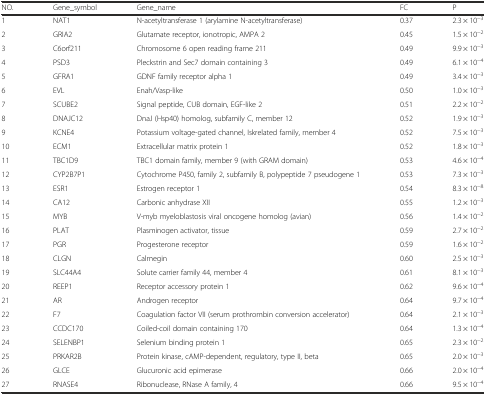
<table><thead><tr><td><b>NO.</b></td><td><b>Gene_symbol</b></td><td><b>Gene_name</b></td><td><b>FC</b></td><td><b>P</b></td></tr></thead><tbody><tr><td>1</td><td>NAT1</td><td>N-acetyltransferase 1 (arylamine N-acetyltransferase)</td><td>0.37</td><td>2.3 × 10<sup>−3</sup></td></tr><tr><td>2</td><td>GRIA2</td><td>Glutamate receptor, ionotropic, AMPA 2</td><td>0.45</td><td>1.5 × 10<sup>−2</sup></td></tr><tr><td>3</td><td>C6orf211</td><td>Chromosome 6 open reading frame 211</td><td>0.49</td><td>9.9 × 10<sup>−3</sup></td></tr><tr><td>4</td><td>PSD3</td><td>Pleckstrin and Sec7 domain containing 3</td><td>0.49</td><td>6.1 × 10<sup>−4</sup></td></tr><tr><td>5</td><td>GFRA1</td><td>GDNF family receptor alpha 1</td><td>0.49</td><td>3.4 × 10<sup>−3</sup></td></tr><tr><td>6</td><td>EVL</td><td>Enah/Vasp-like</td><td>0.50</td><td>1.0 × 10<sup>−3</sup></td></tr><tr><td>7</td><td>SCUBE2</td><td>Signal peptide, CUB domain, EGF-like 2</td><td>0.51</td><td>2.2 × 10<sup>−2</sup></td></tr><tr><td>8</td><td>DNAJC12</td><td>DnaJ (Hsp40) homolog, subfamily C, member 12</td><td>0.52</td><td>1.9 × 10<sup>−3</sup></td></tr><tr><td>9</td><td>KCNE4</td><td>Potassium voltage-gated channel, Iskrelated family, member 4</td><td>0.52</td><td>7.5 × 10<sup>−3</sup></td></tr><tr><td>10</td><td>ECM1</td><td>Extracellular matrix protein 1</td><td>0.52</td><td>1.8 × 10<sup>−3</sup></td></tr><tr><td>11</td><td>TBC1D9</td><td>TBC1 domain family, member 9 (with GRAM domain)</td><td>0.53</td><td>4.6 × 10<sup>−4</sup></td></tr><tr><td>12</td><td>CYP2B7P1</td><td>Cytochrome P450, family 2, subfamily B, polypeptide 7 pseudogene 1</td><td>0.53</td><td>7.3 × 10<sup>−3</sup></td></tr><tr><td>13</td><td>ESR1</td><td>Estrogen receptor 1</td><td>0.54</td><td>8.3 × 10<sup>−8</sup></td></tr><tr><td>14</td><td>CA12</td><td>Carbonic anhydrase XII</td><td>0.55</td><td>1.2 × 10<sup>−3</sup></td></tr><tr><td>15</td><td>MYB</td><td>V-myb myeloblastosis viral oncogene homolog (avian)</td><td>0.56</td><td>1.4 × 10<sup>−2</sup></td></tr><tr><td>16</td><td>PLAT</td><td>Plasminogen activator, tissue</td><td>0.59</td><td>2.7 × 10<sup>−2</sup></td></tr><tr><td>17</td><td>PGR</td><td>Progesterone receptor</td><td>0.59</td><td>1.6 × 10<sup>−2</sup></td></tr><tr><td>18</td><td>CLGN</td><td>Calmegin</td><td>0.60</td><td>2.5 × 10<sup>−3</sup></td></tr><tr><td>19</td><td>SLC44A4</td><td>Solute carrier family 44, member 4</td><td>0.61</td><td>8.1 × 10<sup>−3</sup></td></tr><tr><td>20</td><td>REEP1</td><td>Receptor accessory protein 1</td><td>0.62</td><td>9.6 × 10<sup>−4</sup></td></tr><tr><td>21</td><td>AR</td><td>Androgen receptor</td><td>0.64</td><td>9.7 × 10<sup>−4</sup></td></tr><tr><td>22</td><td>F7</td><td>Coagulation factor VII (serum prothrombin conversion accelerator)</td><td>0.64</td><td>2.1 × 10<sup>−3</sup></td></tr><tr><td>23</td><td>CCDC170</td><td>Coiled-coil domain containing 170</td><td>0.64</td><td>1.3 × 10<sup>−4</sup></td></tr><tr><td>24</td><td>SELENBP1</td><td>Selenium binding protein 1</td><td>0.65</td><td>2.3 × 10<sup>−2</sup></td></tr><tr><td>25</td><td>PRKAR2B</td><td>Protein kinase, cAMP-dependent, regulatory, type II, beta</td><td>0.65</td><td>2.0 × 10<sup>−3</sup></td></tr><tr><td>26</td><td>GLCE</td><td>Glucuronic acid epimerase</td><td>0.66</td><td>2.0 × 10<sup>−4</sup></td></tr><tr><td>27</td><td>RNASE4</td><td>Ribonuclease, RNase A family, 4</td><td>0.66</td><td>9.5 × 10<sup>−4</sup></td></tr></tbody></table>